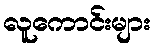
လူကောင်းများ